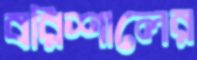
বরিশালের